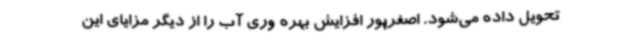
تحویل داده می‌شود. اصغرپور افزایش بهره وری آب را از دیگر مزایای این